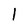
Character: l